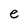
Character: e